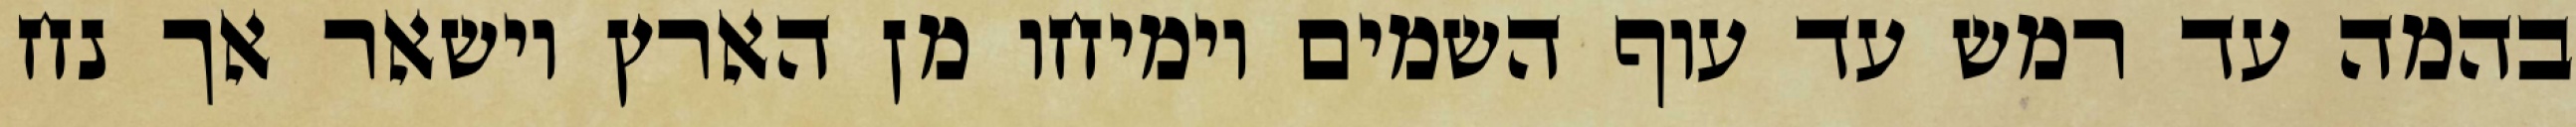
בהמה עד רמש עד עוף השמים וימיחו מן הארץ וישאר אך נח